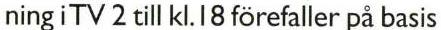
ning i TV 2 till kl. 18 förefaller på basis